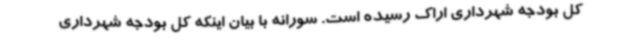
کل بودجه شهرداری اراک رسیده است. سورانه با بیان اینکه کل بودجه شهرداری